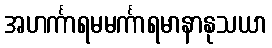
အဟင်္ကာရမမင်္ကာရမာနာနုသယာ